Annual report on the Civil Veterinary Department, Burma (including the Insein Veterinary School) - 1910-1922
Year: 1910
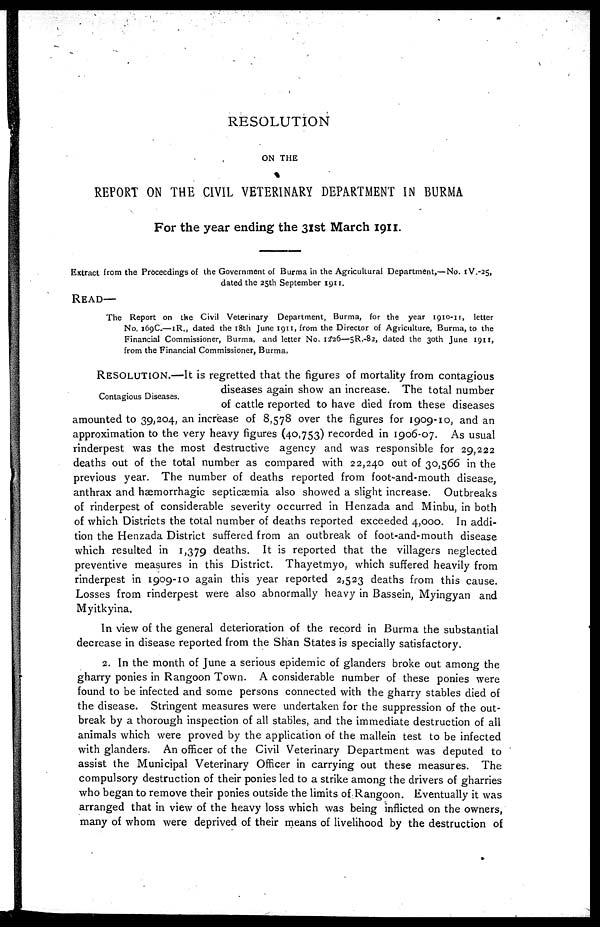
RESOLUTION
ON THE
REPORT ON THE CIVIL VETERINARY DEPARTMENT IN BURMA
For the year ending the 31st March 1911.
Extract from the Proceedings of the Government of Burma in the Agricultural Department,—No. tV.-25,
dated the 25th September 1911.
READ—
The Report on the Civil Veterinary Department, Burma, for the year 1910-11, letter
No. 169C.—1R., dated the 18th June 1911, from the Director of Agriculture, Burma, to the
Financial Commissioner, Burma, and letter No. 1226—5R.-82, dated the 30th June 1911,
from the Financial Commissioner, Burma.
Contagious Diseases.
RESOLUTION.—It is regretted that the figures of mortality from contagious
diseases again show an increase. The total number
of cattle reported to have died from these diseases
amounted to 39,204, an increase of 8,578 over the figures for 1909-10, and an
approximation to the very heavy figures (40,753) recorded in 1906-07. As usual
rinderpest was the most destructive agency and was responsible for 29,222
deaths out of the total number as compared with 22,240 out of 30,566 in the
previous year. The number of deaths reported from foot-and-mouth disease,
anthrax and hæmorrhagic septicaemia also showed a slight increase. Outbreaks
of rinderpest of considerable severity occurred in Henzada and Minbu, in both
of which Districts the total number of deaths reported exceeded 4,000. In addi-
tion the Henzada District suffered from an outbreak of foot-and-mouth disease
which resulted in 1,379 deaths. It is reported that the villagers neglected
preventive measures in this District. Thayetmyo, which suffered heavily from
rinderpest in 1909-10 again this year reported 2,523 deaths from this cause.
Losses from rinderpest were also abnormally heavy in Bassein, Myingyan and
Myitkyina.
In view of the general deterioration of the record in Burma the substantial
decrease in disease reported from the Shan States is specially satisfactory.
2. In the month of June a serious epidemic of glanders broke out among the
gharry ponies in Rangoon Town. A considerable number of these ponies were
found to be infected and some persons connected with the gharry stables died of
the disease. Stringent measures were undertaken for the suppression of the out-
break by a thorough inspection of all stables, and the immediate destruction of all
animals which were proved by the application of the mallein test to be infected
with glanders. An officer of the Civil Veterinary Department was deputed to
assist the Municipal Veterinary Officer in carrying out these measures. The
Compulsory destruction of their ponies led to a strike among the drivers of gharries
who began to remove their ponies outside the limits of Rangoon. Eventually it was
arranged that in view of the heavy loss which was being inflicted on the owners,
many of whom were deprived of their means of livelihood by the destruction of